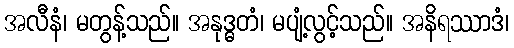
အလီနံ၊ မတွန့်သည်။ အနုဒ္ဓတံ၊ မပျံ့လွင့်သည်။ အနိရဿာဒံ၊